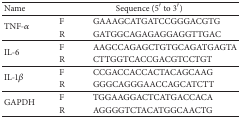
<table><thead><tr><td><b>Name</b></td><td colspan="2"><b>Sequence (5′ to 3′)</b></td></tr></thead><tbody><tr><td rowspan="2">TNF-<i>α</i></td><td>F</td><td>GAAAGCATGATCCGGGACGTG</td></tr><tr><td>R</td><td>GATGGCAGAGAGGAGGTTGAC</td></tr><tr><td rowspan="2">IL-6</td><td>F </td><td>AAGCCAGAGCTGTGCAGATGAGTA</td></tr><tr><td>R</td><td>CTTGGTCACCGACGTCCTGT</td></tr><tr><td rowspan="2">IL-1<i>β</i></td><td>F </td><td>CCGACCACCACTACAGCAAG</td></tr><tr><td>R</td><td>GGGCAGGGAACCAGCATCTT</td></tr><tr><td rowspan="2">GAPDH</td><td>F </td><td>TGGAAGGACTCATGACCACA</td></tr><tr><td>R</td><td>AGGGGTCTACATGGCAACTG</td></tr></tbody></table>